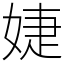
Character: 婕